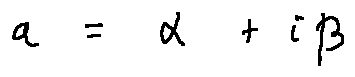
a = \alpha + i \beta